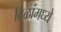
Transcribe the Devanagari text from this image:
बिळांमध्ये